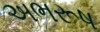
અભરૂષ